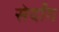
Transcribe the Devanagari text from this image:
सेर्दांग